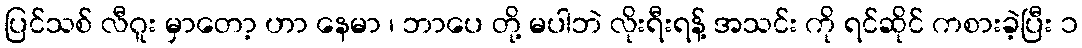
ပြင်သစ် လီဂူး မှာတော့ ဟာ နေမာ ၊ ဘာပေ တို့ မပါဘဲ လိုးရီးရန့် အသင်း ကို ရင်ဆိုင် ကစားခဲ့ပြီး ၁